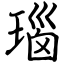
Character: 瑙